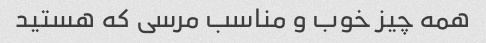
همه چیز خوب و مناسب مرسی که هستید